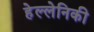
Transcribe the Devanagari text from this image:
हेल्लेनिकी